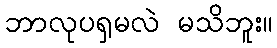
ဘာလုပရှမလဲ မသိဘူး။